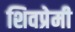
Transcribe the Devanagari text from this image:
शिवप्रेमी